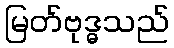
မြတ်ဗုဒ္ဓသည်